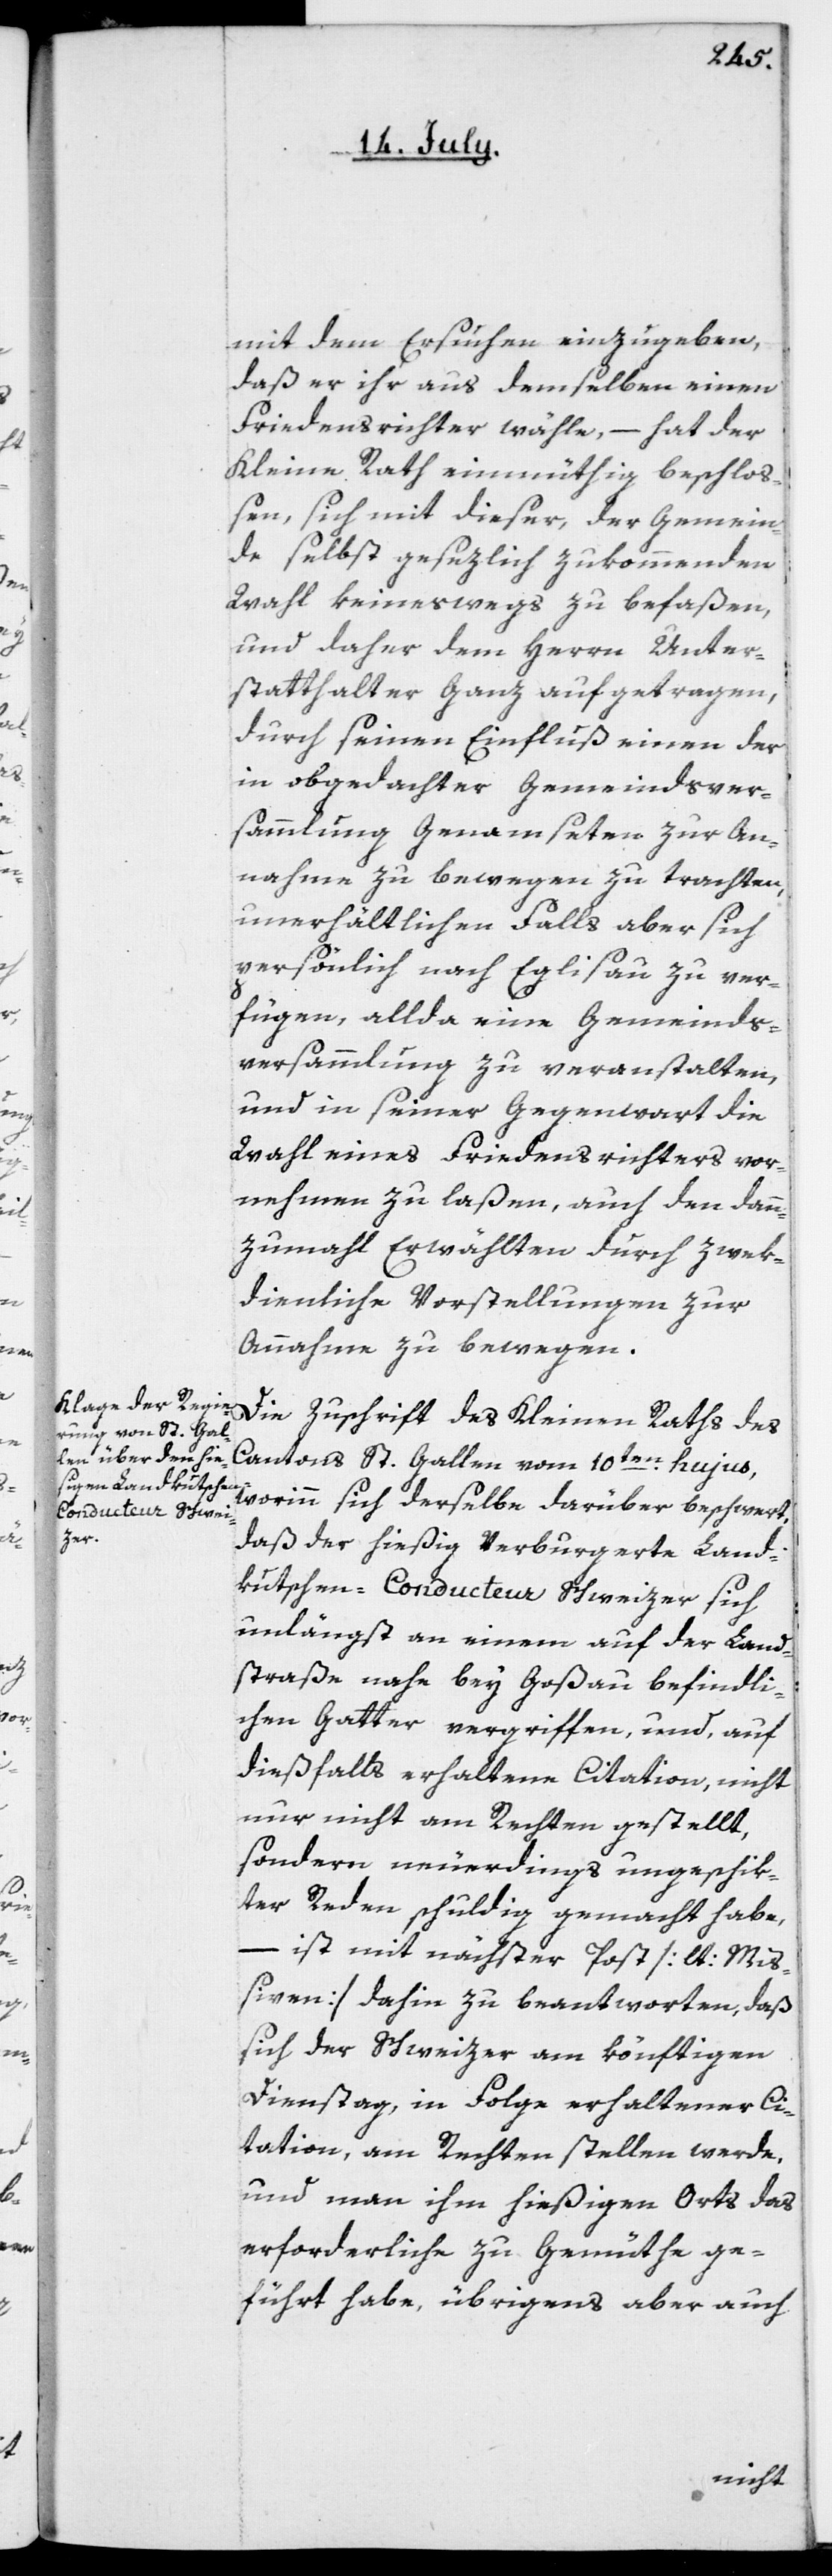
mit dem Ersuchen einzugeben,
daß er ihr aus demselben einen
Friedensrichter wähle, – hat der
Kleine Rath einmüthig beschlo¬
ßen, sich mit dieser, der Gemein¬
de selbst gesezlich zukommenden
Wahl keineswegs zu befaßen,
und daher dem Herrn Unter¬
statthalter ganz aufgetragen,
durch seinen Einfluß einen der
in obgedachter Gemeindsver¬
sammlung Genamseten zur An¬
nahme zu bewegen zu trachten,
unerhältlichen Falls aber sich
persönlich nach Eglisau zu ver¬
fügen, allda eine Gemeinds¬
versammlung zu veranstalten,
und in seiner Gegenwart die
Wahl eines Friedensrichters vor¬
nehmen zu laßen, auch den dann¬
zumahl Erwählten durch zwek¬
dienliche Vorstellungen zur
Annahme zu bewegen.
Die Zuschrift des Kleinen Raths des
Cantons St. Gallen vom 10ten hujus,
worinn sich derselbe darüber beschwert,
daß der hießig Verburgerte Land¬
kutschen-Conducteur Schweizer sich
unlängst an einem auf der Land¬
straße nahe bey Goßau befindli¬
chen Gatter vergriffen, und auf
dießfalls erhaltene Citation, nicht
nur nicht am Rechten gestellt,
sondern neuerdings ungeschik¬
ter Reden schuldig gemacht habe,
– ist mit nächster Post [lt. Miß¬
iven] dahin zu beantworten, daß
sich der Schweizer am könftigen
Dienstag, in Folge erhaltener Ci¬
tation, am Rechten stellen werde,
und man ihm hießigen Orts das
erforderliche zu Gemüthe ge¬
führt habe, übrigens aber auch